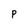
Character: p